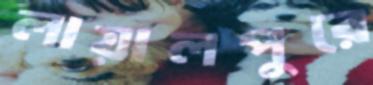
লায়ালপুরে